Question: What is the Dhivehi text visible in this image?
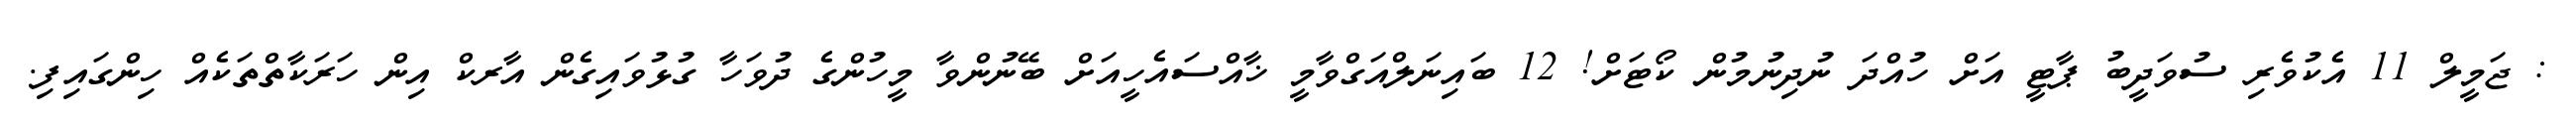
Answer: : ޖަމީލް 11 އެކުވެރި ސުވަދީބު ޕާޓީ އަށް ހުއްދަ ނުދިނުމުން ކޯޓަށް! 12 ބައިނަލްއަގްވާމީ ޚާއްސައެހީއަށް ބޭނުންވާ މީހުންގެ ދުވަހާ ގުޅުވައިގެން އާރކް އިން ހަރަކާތްތަކެއް ހިންގައިފި.